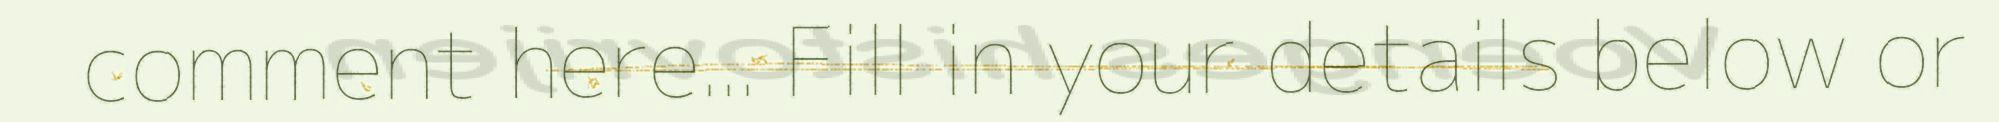
comment here... Fill in your details below or